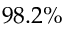
9 8 . 2 \%